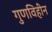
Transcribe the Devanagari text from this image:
गुणविहीन